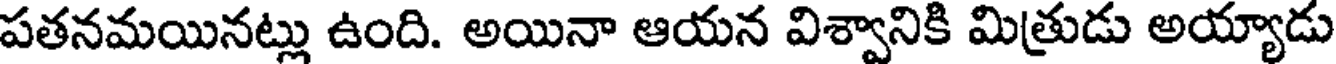
పతనమయినట్లు ఉంది. అయినా ఆయన విశ్వానికి మిత్రుడు అయ్యాడు